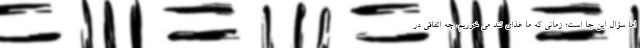
اما سؤال این جا است؛ زمانی که ما غذای تند می خوریم، چه اتفاقی در